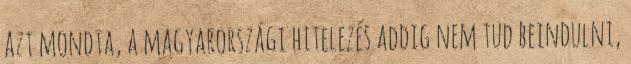
azt mondta, a magyarországi hitelezés addig nem tud beindulni,